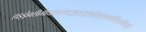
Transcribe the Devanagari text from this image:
हाइड्रोक्सीमीथाइलपेन्टाइलसाइक्लोहेक्सेनकार्बोक्सिअल्डिहाइड